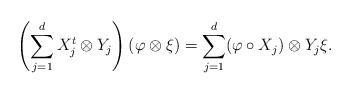
LaTeX: \begin{align*}\left(\sum_{j=1}^d X_j^t \otimes Y_j \right) (\varphi \otimes \xi) = \sum_{j=1}^d (\varphi \circ X_j) \otimes Y_j \xi.\end{align*}